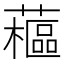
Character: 藲